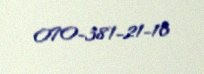
070-381-21-16